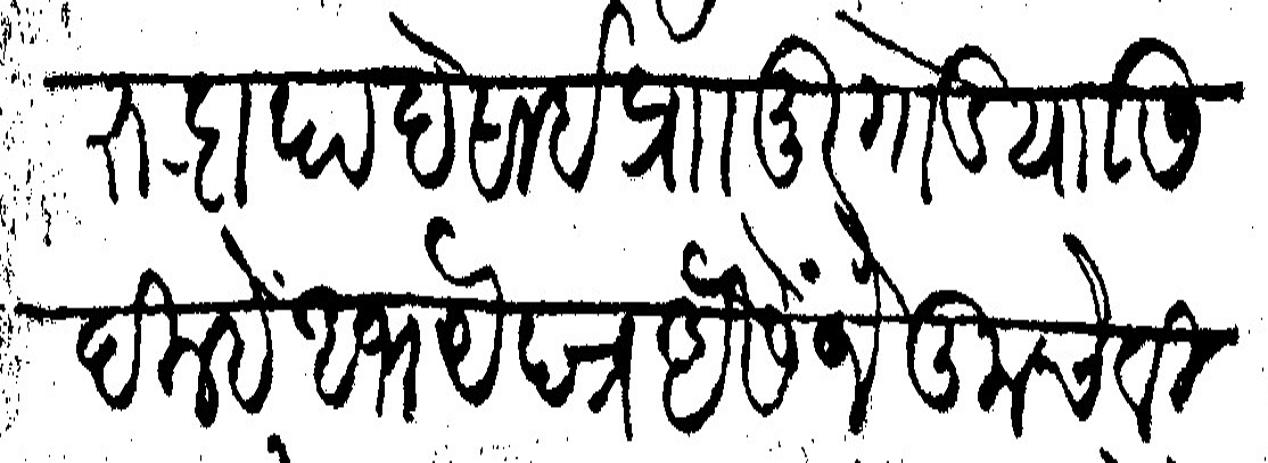
Transliteration (Devanagari): रुद्रापा देसाई प्रा मुरगोड यासि दिल्हें अभयेपत्र असें जे तुमचे विषईं